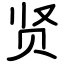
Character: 贤